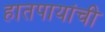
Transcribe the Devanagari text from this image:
हातपायांची